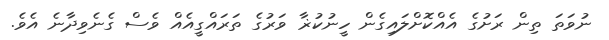
ނުވަތަ ތިން ރަށުގެ އެއްކޮށްލައިގެން ހީނުކުޜާ ވަރުގެ ތަރައްގީއެއް ވެސް ގެނެވިދާނެ އެވެ.